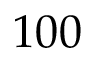
1 0 0